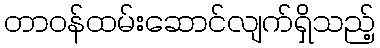
တာဝန်ထမ်းဆောင်လျက်ရှိသည့်